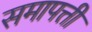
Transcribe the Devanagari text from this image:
समापत्ती